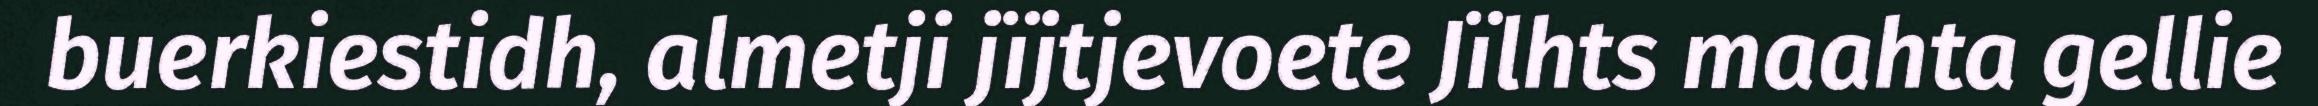
buerkiestidh, almetji jïjtjevoete Jïlhts maahta gellie